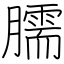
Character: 臑